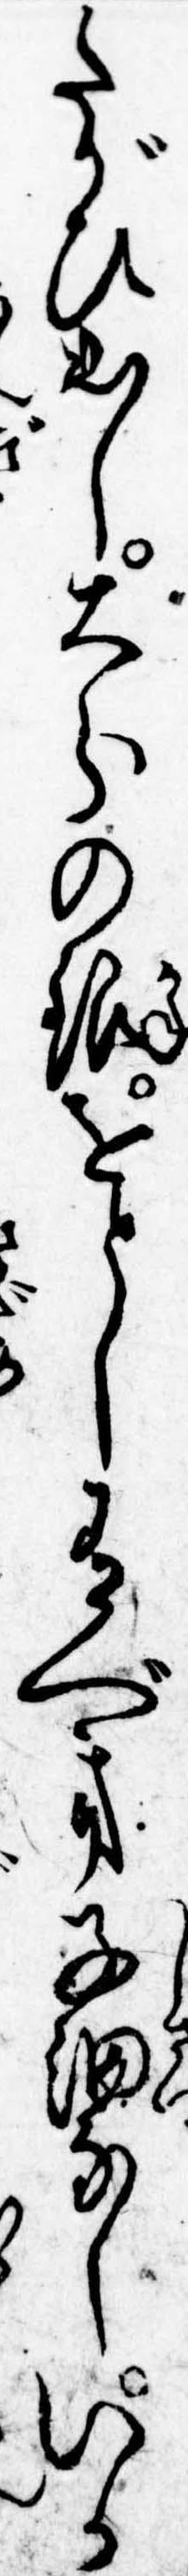
たがひ出し大分の銀をとし有べき子細なしいか